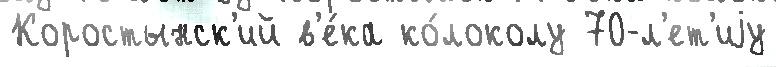
Коростынск'ий в'е́ка ко́локолу 70-л'ет'иjу